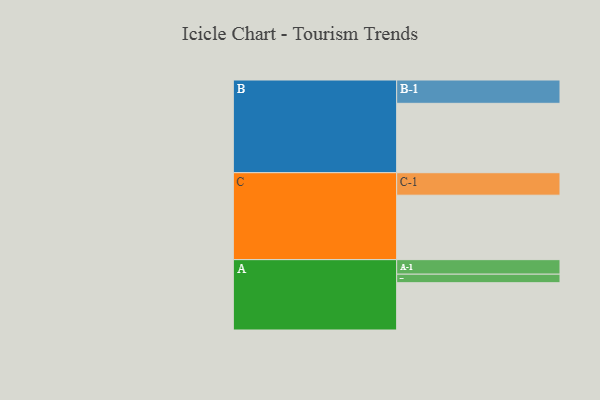
{"axis": {"x": "Segment", "y": "Value"}, "legend": ["", "A", "B", "C"], "data": [{"x": "A", "y": 345, "type": ""}, {"x": "B", "y": 506, "type": ""}, {"x": "C", "y": 470, "type": ""}, {"x": "A-1", "y": 106, "type": "A"}, {"x": "A-2", "y": 62, "type": "A"}, {"x": "B-1", "y": 170, "type": "B"}, {"x": "C-1", "y": 164, "type": "C"}]}